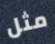
مثل